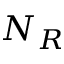
N _ { R }